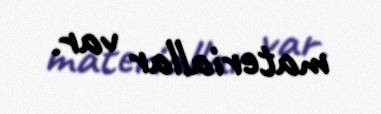
materiallar var.